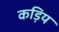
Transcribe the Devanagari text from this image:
कड़िय